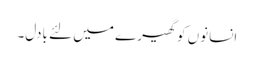
انسانوں کو گھیرے میں لئے بادل۔